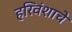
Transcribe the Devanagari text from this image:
हरिवंशाचे